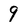
Character: 9